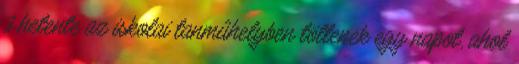
3 hetente az iskolai tanmûhelyben töltenek egy napot, ahol